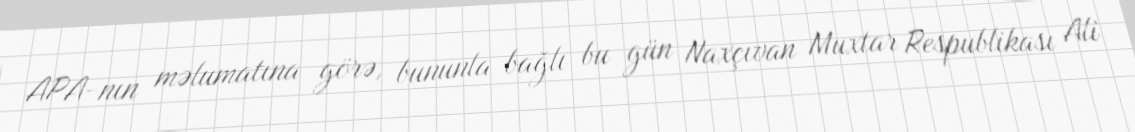
APA-nın məlumatına görə, bununla bağlı bu gün Naxçıvan Muxtar Respublikası Ali